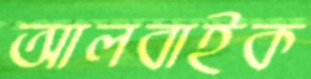
আলবাইক